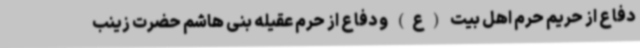
دفاع از حریم حرم اهل بیت (ع) و دفاع از حرم عقیله بنی هاشم حضرت زینب